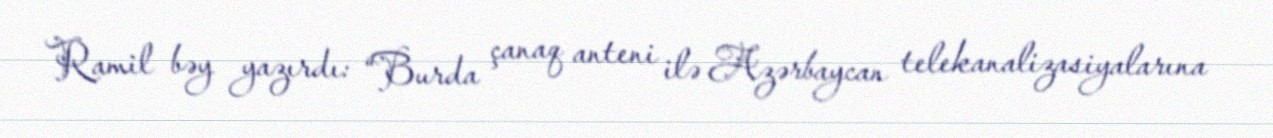
Ramil bəy yazırdı: “Burda çanaq anteni ilə Azərbaycan telekanalizasiyalarına